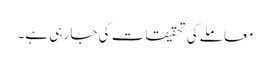
معاملےکی تحقیقات کی جا رہی ہے۔